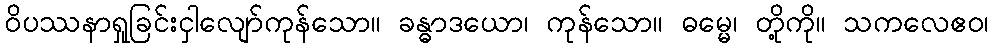
ဝိပဿနာရှုခြင်းငှါလျော်ကုန်သော။ ခန္ဓာဒယော၊ ကုန်သော။ ဓမ္မေ၊ တို့ကို။ သကလေဧဝ၊